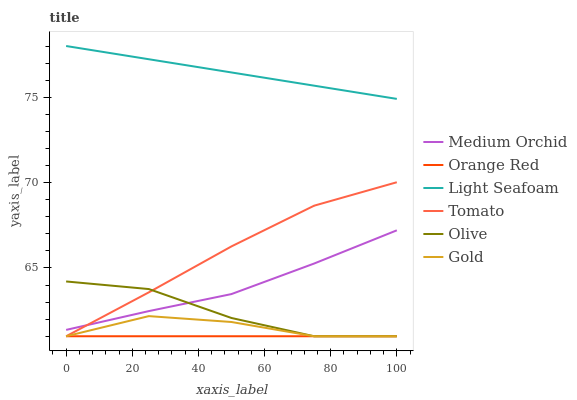
| xaxis_label | Medium Orchid | Orange Red | Light Seafoam | Tomato | Olive | Gold |
 | --- | --- | --- | --- | --- | --- | --- |
 | 0 | 61.4 | 61 | 78 | 61 | 64.2 | 61 |
 | 25 | 62.5 | 61 | 77.2 | 63.6 | 63.8 | 62.2 |
 | 50 | 63.5 | 61 | 76.5 | 66.3 | 62.1 | 61.8 |
 | 75 | 65.3 | 61 | 75.7 | 68.6 | 61 | 61 |
 | 100 | 67.2 | 61 | 74.9 | 70 | 61 | 61 |